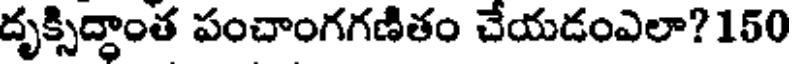
దృక్సిద్దాంత పంచాంగగణితం చేయడంఎలా? 150